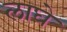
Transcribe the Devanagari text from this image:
लाघे